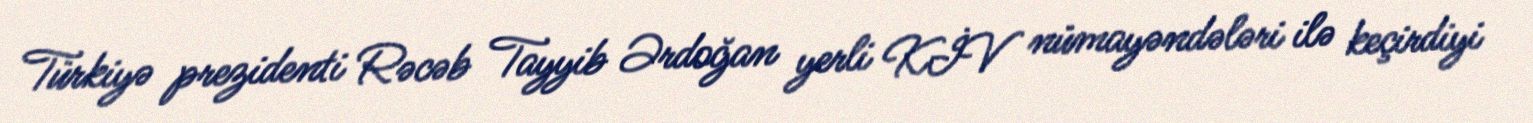
Türkiyə prezidenti Rəcəb Tayyib Ərdoğan yerli KİV nümayəndələri ilə keçirdiyi